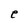
Character: e